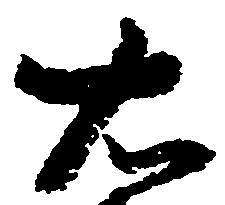
右